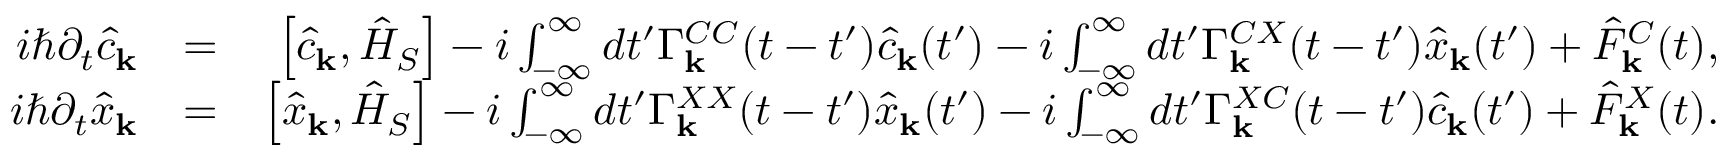
\begin{array} { r l r } { i \hbar \partial _ { t } \hat { c } _ { \bf k } } & { = } & { \left[ \hat { c } _ { \bf k } , \hat { H } _ { S } \right] - i \int _ { - \infty } ^ { \infty } d t ^ { \prime } \Gamma _ { \bf k } ^ { C C } ( t - t ^ { \prime } ) \hat { c } _ { \bf k } ( t ^ { \prime } ) - i \int _ { - \infty } ^ { \infty } d t ^ { \prime } \Gamma _ { \bf k } ^ { C X } ( t - t ^ { \prime } ) \hat { x } _ { \bf k } ( t ^ { \prime } ) + \hat { F } _ { \bf k } ^ { C } ( t ) , } \\ { i \hbar \partial _ { t } \hat { x } _ { \bf k } } & { = } & { \left[ \hat { x } _ { \bf k } , \hat { H } _ { S } \right] - i \int _ { - \infty } ^ { \infty } d t ^ { \prime } \Gamma _ { \bf k } ^ { X X } ( t - t ^ { \prime } ) \hat { x } _ { \bf k } ( t ^ { \prime } ) - i \int _ { - \infty } ^ { \infty } d t ^ { \prime } \Gamma _ { \bf k } ^ { X C } ( t - t ^ { \prime } ) \hat { c } _ { \bf k } ( t ^ { \prime } ) + \hat { F } _ { \bf k } ^ { X } ( t ) . } \end{array}